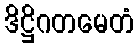
ဒိဋ္ဌိဂတမေတံ